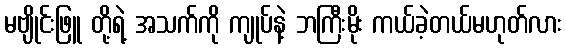
မဗျိုင်းဖြူ တို့ရဲ့ အသက်ကို ကျုပ်နဲ့ ဘကြီးမိုး ကယ်ခဲ့တယ်မဟုတ်လား